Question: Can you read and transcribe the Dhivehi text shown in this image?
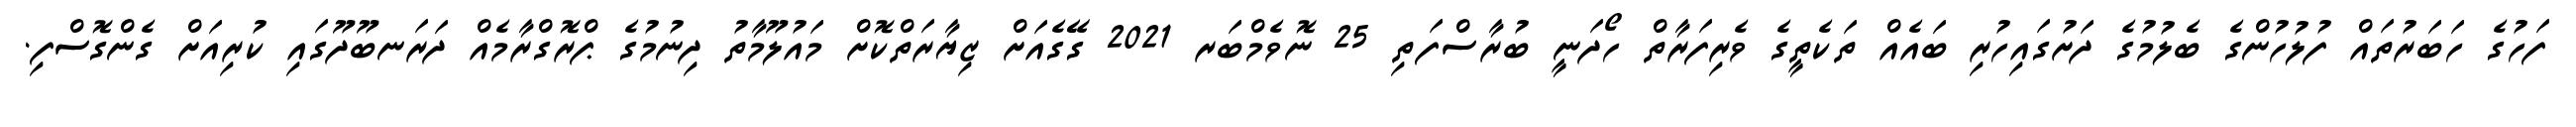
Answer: ފަހުގެ ހަބަރުތައް ފުލުހުންގެ ބެލުމުގެ ދަށުގައިހުރި ބައެއް ތަކެތީގެ ވެރިފަރާތް ހޯދަނީ ބުރާސްފަތި 25 ނޮވެމްބަރ 2021 ގޭގެއަށް ޒިޔާރަތްކޮށް މައުލޫމާތު ދިނުމުގެ ޕްރޮގްރާމެއް ދަރަނބޫދޫގައި ކުރިއަށް ގެންގޮސްފި.